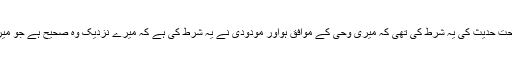
مرزا غلام احمد نے صحت حدیث کی یہ شرط کی تھی کہ میری وحی کے موافق ہواور مودودی نے یہ شرط کی ہے کہ میرے نزدیک وہ صحیح ہے جو میرے ذوق کے موافق ہو۔